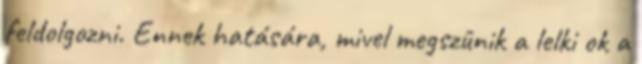
feldolgozni. Ennek hatására, mivel megszûnik a lelki ok a